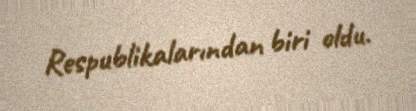
Respublikalarından biri oldu.